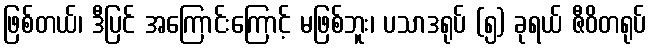
ဖြစ်တယ်၊ ဒီပြင် အကြောင်းကြောင့် မဖြစ်ဘူး၊ ပသာဒရုပ် (၅) ခုရယ် ဇီဝိတရုပ်